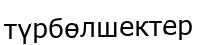
түрбөлшектер